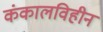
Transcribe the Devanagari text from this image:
कंकालविहीन